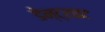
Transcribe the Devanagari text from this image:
डेन्ट्राइट